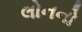
લોનનો